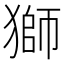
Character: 獅